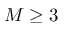
M \geq 3